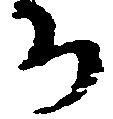
ち